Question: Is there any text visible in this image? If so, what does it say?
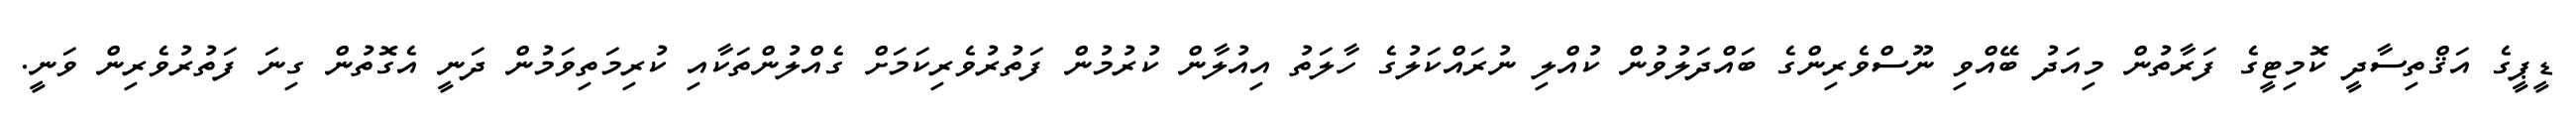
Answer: ޑީޕީގެ އަޤްތިސާދީ ކޮމިޓީގެ ފަރާތުން މިއަދު ބޭއްވި ނޫސްވެރިންގެ ބައްދަލުވުން ކުއްލި ނުރައްކަލުގެ ހާލަތު އިއުލާން ކުރުމުން ފަތުރުވެރިކަމަށް ގެއްލުންތަކާއި ކުރިމަތިވަމުން ދަނީ އެގޮތުން ގިނަ ފަތުރުވެރިން ވަނީ.